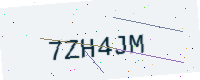
Text: 7ZH4JM